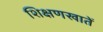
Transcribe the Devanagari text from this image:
शिक्षणखातें